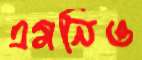
এমনিও